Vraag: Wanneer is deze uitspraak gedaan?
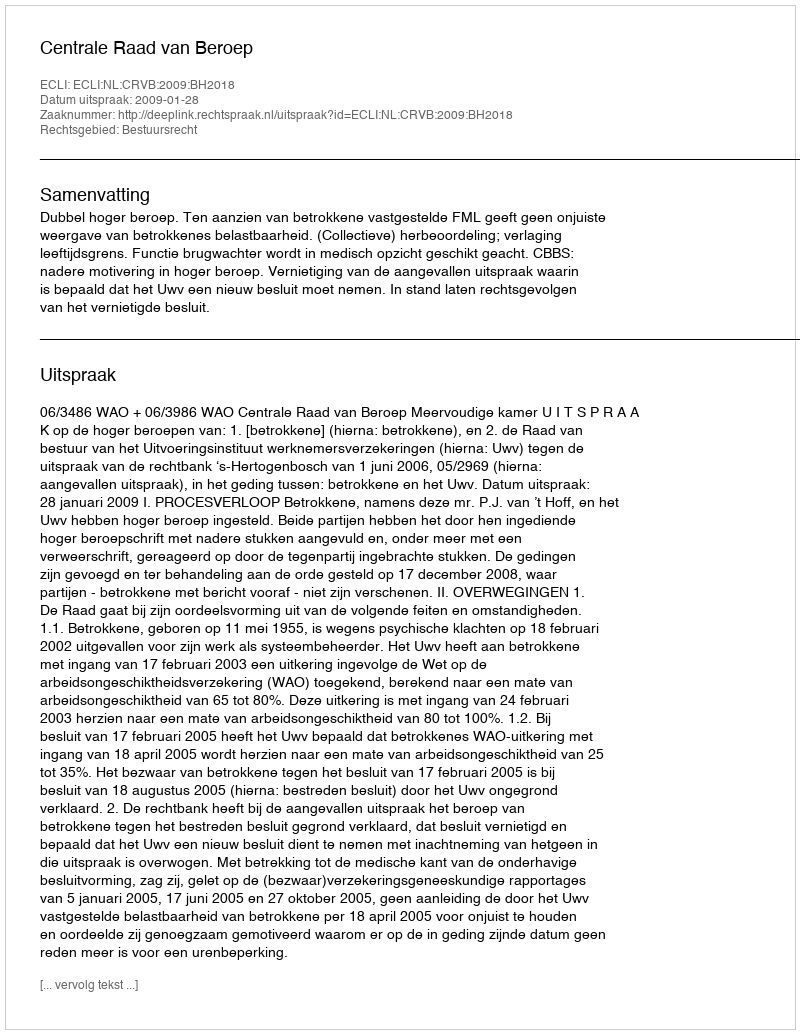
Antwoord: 2009-01-28